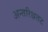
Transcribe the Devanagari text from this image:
अन्तरिक्षतट